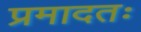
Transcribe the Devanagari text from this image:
प्रमादतः